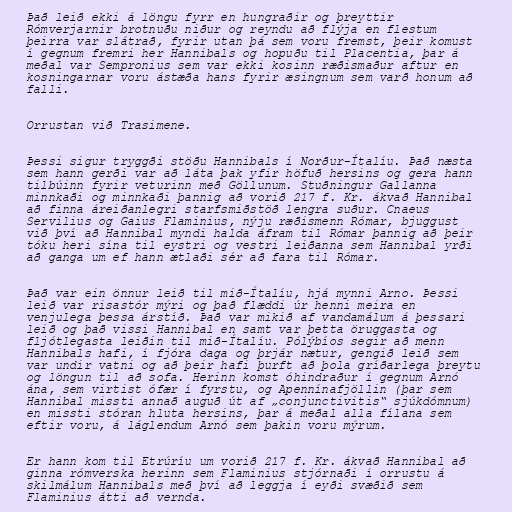
Það leið ekki á löngu fyrr en hungraðir og þreyttir
Rómverjarnir brotnuðu niður og reyndu að flýja en flestum
þeirra var slátrað, fyrir utan þá sem voru fremst, þeir komust
í gegnum fremri her Hannibals og hopuðu til Placentia, þar á
meðal var Sempronius sem var ekki kosinn ræðismaður aftur en
kosningarnar voru ástæða hans fyrir æsingnum sem varð honum að
falli.

Orrustan við Trasimene.

Þessi sigur tryggði stöðu Hannibals í Norður-Ítalíu. Það næsta
sem hann gerði var að láta þak yfir höfuð hersins og gera hann
tilbúinn fyrir veturinn með Göllunum. Stuðningur Gallanna
minnkaði og minnkaði þannig að vorið 217 f. Kr. ákvað Hannibal
að finna áreiðanlegri starfsmiðstöð lengra suður. Cnaeus
Servilius og Gaius Flaminius, nýju ræðismenn Rómar, bjuggust
við því að Hannibal myndi halda áfram til Rómar þannig að þeir
tóku heri sína til eystri og vestri leiðanna sem Hannibal yrði
að ganga um ef hann ætlaði sér að fara til Rómar.

Það var ein önnur leið til mið-Ítalíu, hjá mynni Arno. Þessi
leið var risastór mýri og það flæddi úr henni meira en
venjulega þessa árstíð. Það var mikið af vandamálum á þessari
leið og það vissi Hannibal en samt var þetta öruggasta og
fljótlegasta leiðin til mið-Ítalíu. Pólýbíos segir að menn
Hannibals hafi, í fjóra daga og þrjár nætur, gengið leið sem
var undir vatni og að þeir hafi þurft að þola gríðarlega þreytu
og löngun til að sofa. Herinn komst óhindraður í gegnum Arnó
ána, sem virtist ófær í fyrstu, og Apennínafjöllin (þar sem
Hannibal missti annað auguð út af „conjunctivitis“ sjúkdómnum)
en missti stóran hluta hersins, þar á meðal alla fílana sem
eftir voru, á láglendum Arnó sem þakin voru mýrum.

Er hann kom til Etrúríu um vorið 217 f. Kr. ákvað Hannibal að
ginna rómverska herinn sem Flaminius stjórnaði í orrustu á
skilmálum Hannibals með því að leggja í eyði svæðið sem
Flaminius átti að vernda.